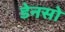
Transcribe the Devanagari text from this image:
डेनसो